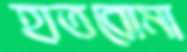
হাতবোমা